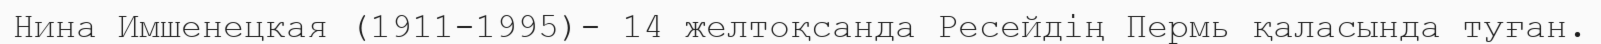
Нина Имшенецкая (1911-1995)- 14 желтоқсанда Ресейдің Пермь қаласында туған.